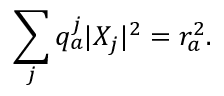
\sum _ { j } q _ { a } ^ { j } | X _ { j } | ^ { 2 } = r _ { a } ^ { 2 } .